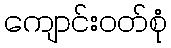
ကျောင်းဝတ်စုံ